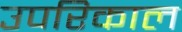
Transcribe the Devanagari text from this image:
उपरिकाल